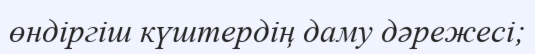
өндіргіш күштердің даму дәрежесі;